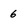
Character: 6